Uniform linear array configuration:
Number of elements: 32
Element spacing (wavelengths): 1
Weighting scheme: blackman
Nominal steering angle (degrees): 60
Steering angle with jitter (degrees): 58.778
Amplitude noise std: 0.05
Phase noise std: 0.05

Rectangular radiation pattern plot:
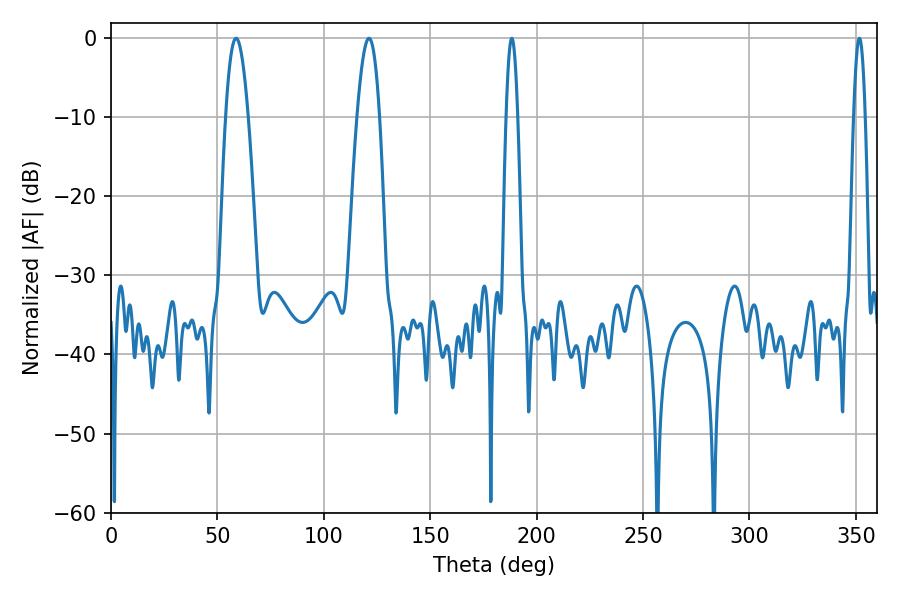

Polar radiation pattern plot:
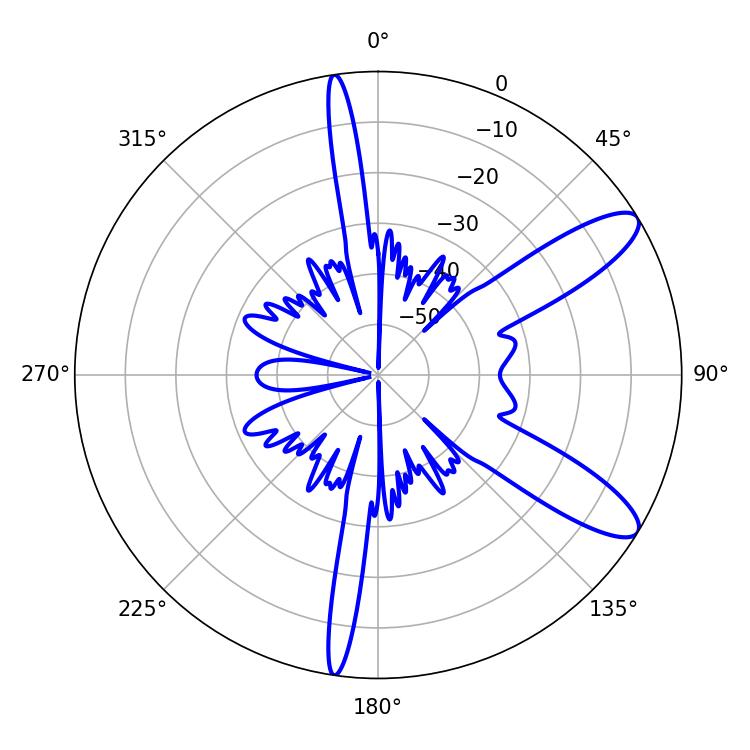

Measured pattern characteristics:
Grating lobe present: TRUE
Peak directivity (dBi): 10.667
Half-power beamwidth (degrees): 5.76
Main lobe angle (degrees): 58.86